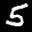
Label: 5